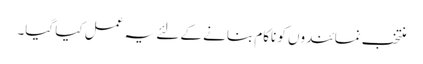
منتخب نمائندوں کو ناکام بنانے کے لئے یہ عمل کیا گیا۔